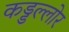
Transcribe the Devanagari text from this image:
कड्डल्लोर